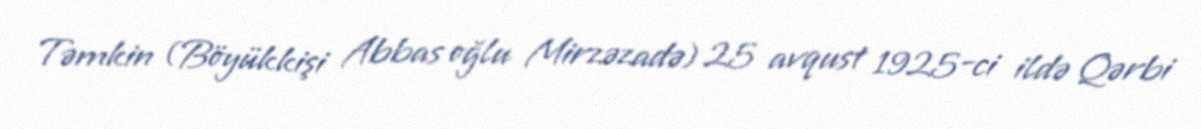
Təmkin (Böyükkişi Abbas oğlu Mirzəzadə) 25 avqust 1925-ci ildə Qərbi